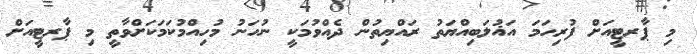
މި ޕާރޓީއަށް ފުރިހަމަ އަޣުލަބިއްޔަތު ރައްޔިތުން ދެއްވުމަކީ ނުހަނު މުހިއްމުކަމަކަށްވާތީ މި ޕާރޓީއަށް